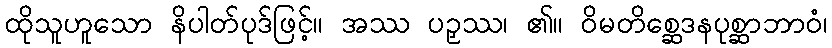
ထိုသူဟူသော နိပါတ်ပုဒ်ဖြင့်။ အဿ ပဉှဿ၊ ၏။ ဝိမတိစ္ဆေဒနပုစ္ဆာဘာဝံ၊